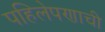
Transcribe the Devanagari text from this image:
पहिलेपणाची